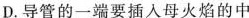
D.导管的一端要插入母火焰的中